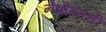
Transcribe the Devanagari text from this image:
नेत्रोंत्संधी